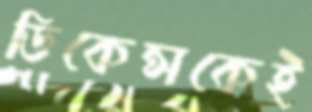
ডিকেন্সকেই